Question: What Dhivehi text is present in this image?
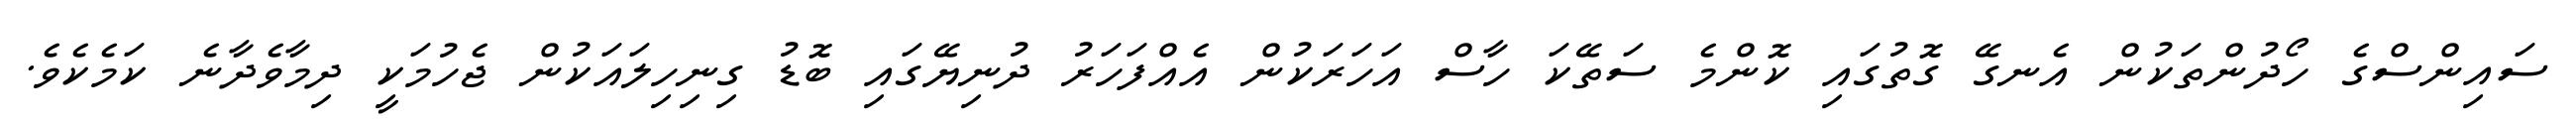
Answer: ސައިންސްގެ ހޯދުންތަކުން އެނގޭ ގޮތުގައި ކޮންމެ ސަތޭކަ ހާސް އަހަރަކުން އެއްފަހަރު ދުނިޔޭގައި ބޮޑު ގިނިހިލައަކުން ޖެހުމަކީ ދިމާވެދާނެ ކަމެކެވެ.